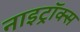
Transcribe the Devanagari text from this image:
नाइट्रॉक्स